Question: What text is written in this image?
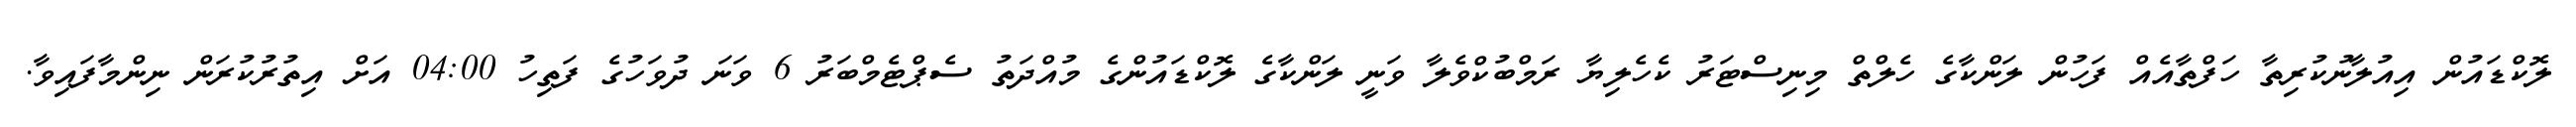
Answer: ލޮކްޑައުން އިއުލާނުކުރިތާ ހަފްތާއެއް ފަހުން ލަންކާގެ ހެލްތް މިނިސްޓަރު ކެހެލިޔާ ރަމްބުކްވެލާ ވަނީ ލަންކާގެ ލޮކްޑައުންގެ މުއްދަތު ސެޕްޓެމްބަރު 6 ވަނަ ދުވަހުގެ ފަތިހު 04:00 އަށް އިތުރުކުރަން ނިންމާފައިވާ.